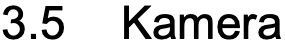
3.5 Kamera